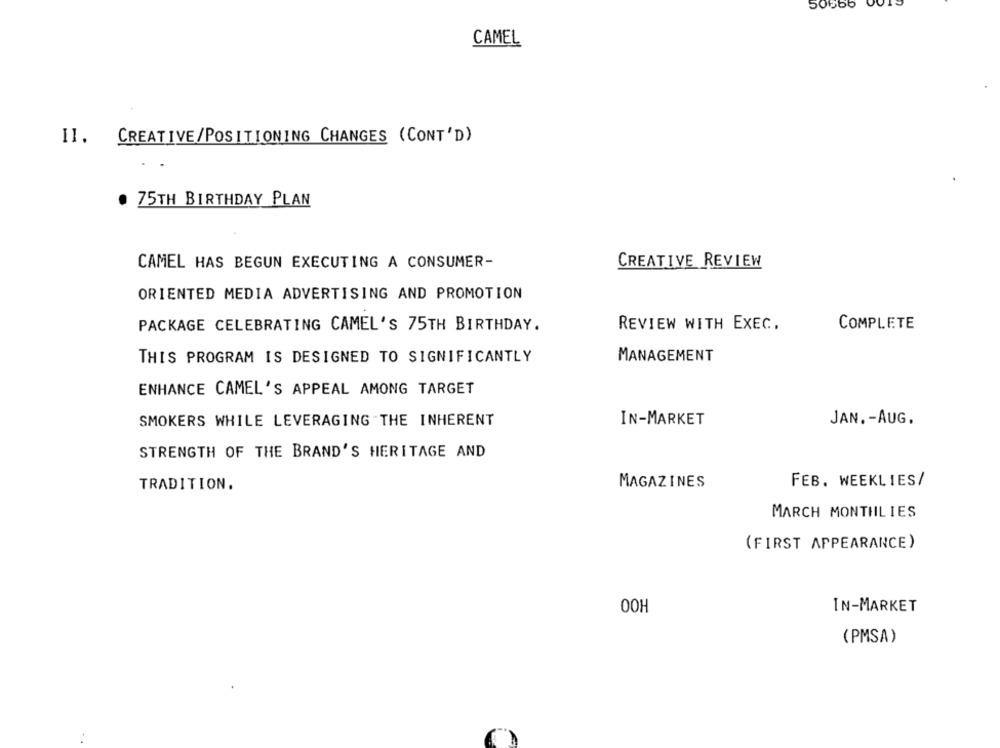
50666
CAMEL
II. CREATIVE/POSITIONING CHANGES (CONT'D)
75TH BIRTHDAY PLAN
CAMEL HAS BEGUN EXECUTING A CONSUMER-
CREATIVE REVIEW
ORIENTED MEDIA ADVERTISING AND PROMOTION
PACKAGE CELEBRATING CAMEL'S 75TH BIRTHDAY.
REVIEW WITH EXEC.
COMPLETE
THIS PROGRAM IS DESIGNED TO SIGNIFICANTLY
MANAGEMENT
ENHANCE CAMEL'S APPEAL AMONG TARGET
SMOKERS WHILE LEVERAGING THE INHERENT
IN-MARKET
JAN .- AUG.
STRENGTH OF THE BRAND'S HERITAGE AND
TRADITION.
MAGAZINES
FEB. WEEKLIES/
MARCH MONTIILIES
(FIRST APPEARANCE)
00H
IN-MARKET
(PMSA)